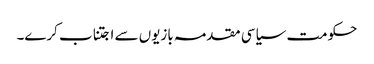
حکومت سیاسی مقدمہ بازیوں سے اجتناب کرے۔